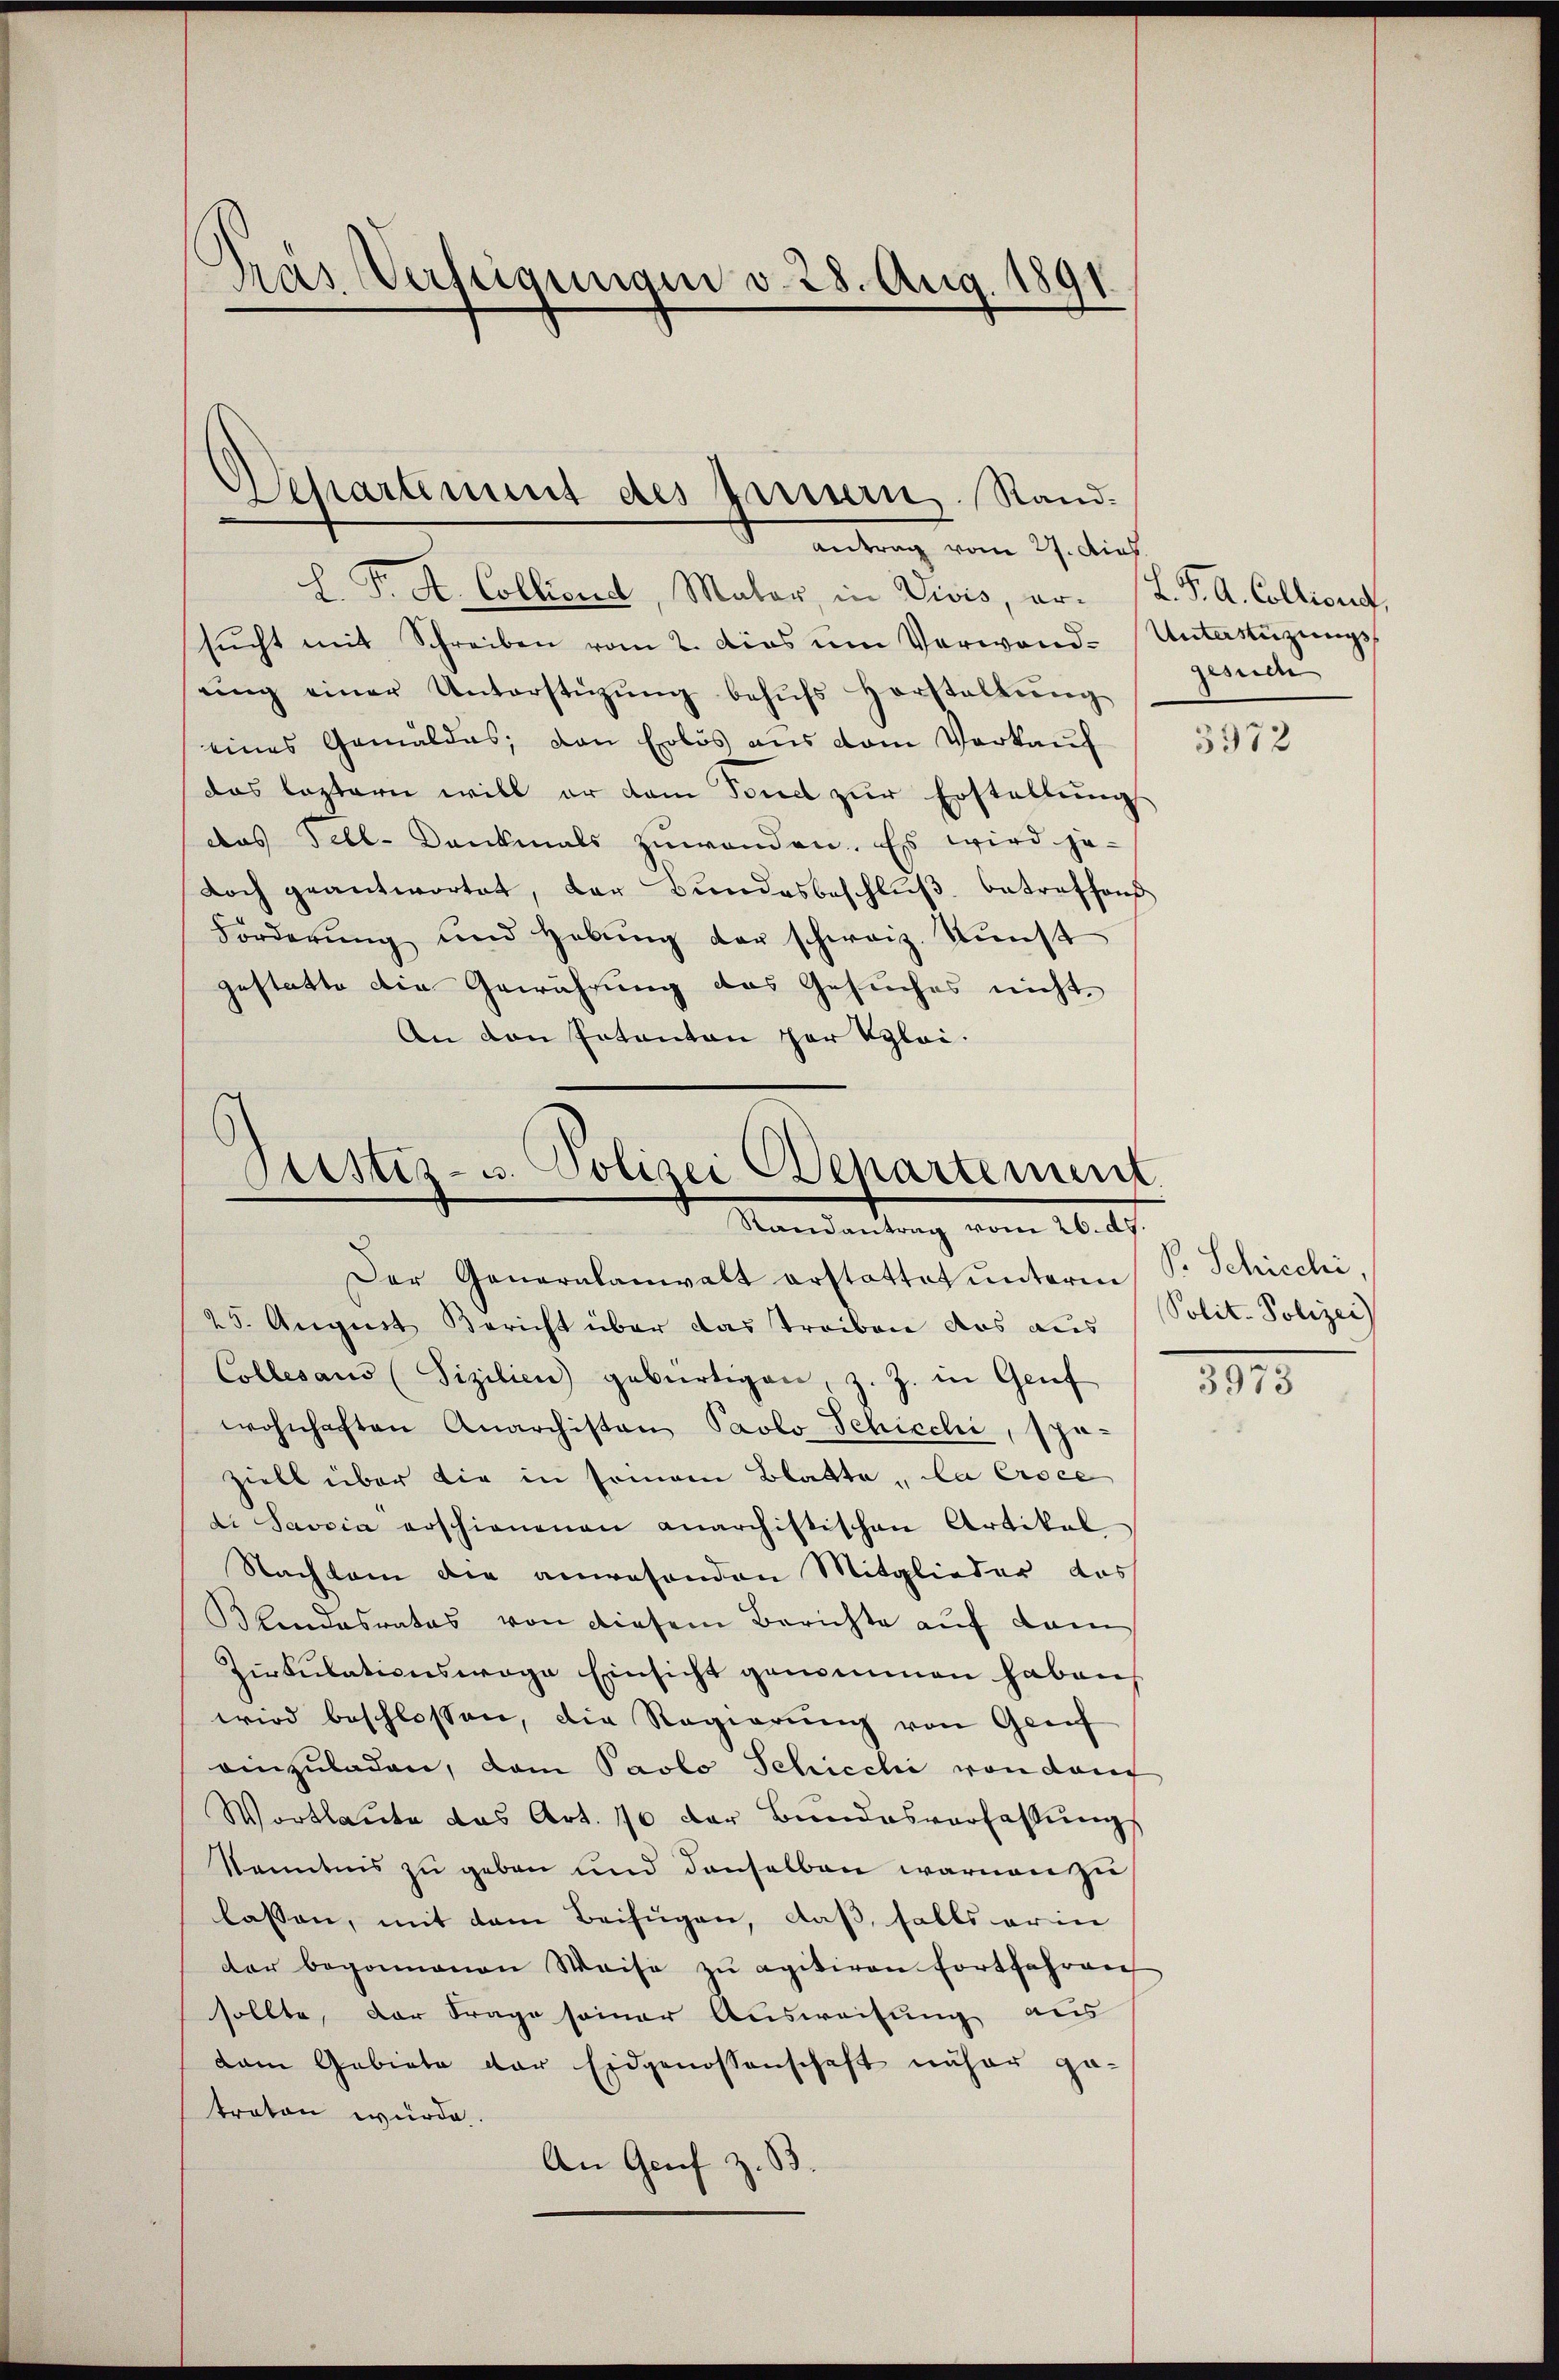
Das Verfügungen v. 28. Aug. 1891.

Separtement des tarisern. Sand¬
Antrag vom 27. dies

l. P. R. Colliend, Mater, in Divis, ar. (T. K. A. Collicus,
sŭcht mit Schreiben vom 2. dies um Verwand- Unterstüzungsring einer Unterstüzŭng behŭfs Horstaltŭng
eines Gemäldes; den Erlös aus vom Verkauf
das leztern will er dem Sanct zŭr Erstellŭng
das Fehl- Dankmals zuwenden. Es wird je-
doch geantwortet, der Bŭndesbeschlŭβ betreffend
Forderung und Hebung der schweiz. Kunst
gestatte die Gewährung des Gesuches nicht.
An von Entanten her klei¬

Sistiz- u. Polizei Departement
Mandartung vom 16. ds.

Der Generalanwalt erstattet unterm S. Schicchi,
25. August Bericht über das Treiben das aus (Polit. Polizei
Collesaus (Fizilien) gebürtigen, z. Z. in Genf
wohnhaften Anarchisten Paolo Schicchi, spä-
ziell über die in sommann Blatte, da Eroce
di Savria erschienenen anarchistischen Artikal
Nachkam die anwesenden Mitglieder das
Blindesrates von diesem Berichte auf dem
Zirkŭlationswege Einsicht genommen haben
wird beschlossen, die Regierung von Greif
einzuladen, dem Paolo Schiechi von dar
Wortlaute das Art. 70 der Bundesverfassung
Kenntnis zu geben und denselben warmen zu
lassen, mit dem Beifügen, daß, falls erin
der begonnenen Weise zu apitiren fortfahren
sollte, der Frage seiner Ausweisung aus
dam Gebiete der Eidgenossenschaft näher getraten würde.
An Genf z. B.

gesuch

3972

395